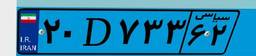
۵۸D۵۱۷۰۴